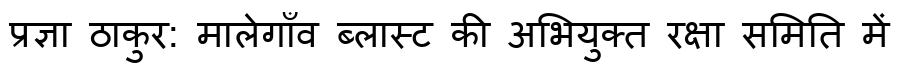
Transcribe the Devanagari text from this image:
प्रज्ञा ठाकुर: मालेगाँव ब्लास्ट की अभियुक्त रक्षा समिति में